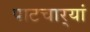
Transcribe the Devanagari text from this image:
पाटचार्‍यां